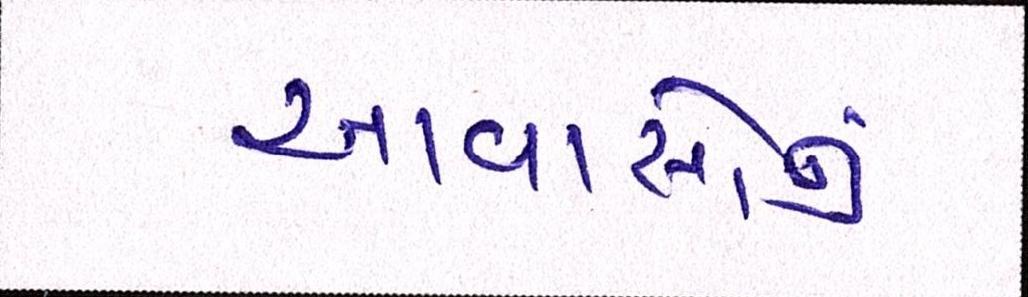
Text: આવાસોનું